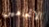
الاتجاهين